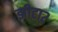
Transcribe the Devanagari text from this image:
झीटा२